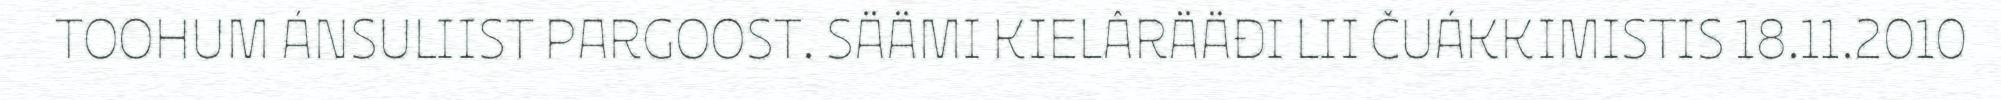
TOOHUM ÁNSULIIST PARGOOST. SÄÄMI KIELÂRÄÄĐI LII ČUÁKKIMISTIS 18.11.2010